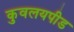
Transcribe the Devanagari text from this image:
कुवलयपीड